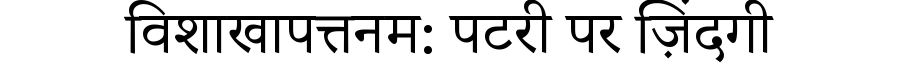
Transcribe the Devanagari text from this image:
विशाखापत्तनम: पटरी पर ज़िंदगी